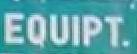
equipt.